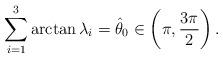
LaTeX: \begin{align*}\sum_{i=1}^3 \arctan\lambda_i =\hat\theta_0\in \left(\pi,\frac{3\pi}{2} \right).\end{align*}